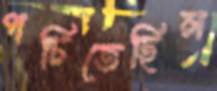
পচিতেছিল